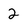
Character: 2